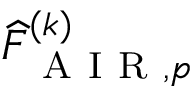
\widehat { F } _ { \mathrm { ~ A ~ I ~ R ~ } , p } ^ { ( k ) }